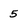
Character: 5